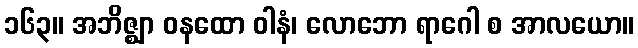
၁၆၃။ အဘိဇ္ဈာ ဝနထော ဝါနံ၊ လောဘော ရာဂေါ စ အာလယော။